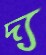
দ্য